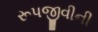
રૂપજીવીની